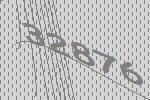
32876